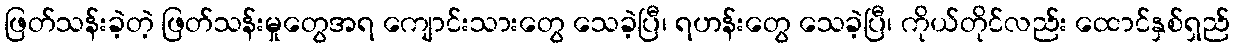
ဖြတ်သန်းခဲ့တဲ့ ဖြတ်သန်းမှုတွေအရ ကျောင်းသားတွေ သေခဲ့ပြီ၊ ရဟန်းတွေ သေခဲ့ပြီ၊ ကိုယ်တိုင်လည်း ထောင်နှစ်ရှည်